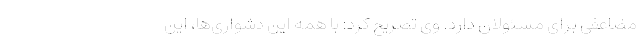
مضاعفی برای مسئولان دارد. وی تصریح کرد: با همه این دشواری‌ها، این